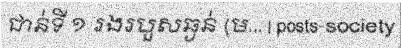
ជាន់ទី ១ រងរបួសឆ្ងន់ (ម... | posts-society